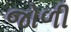
જોળી